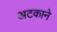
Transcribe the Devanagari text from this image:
अटकाने